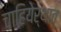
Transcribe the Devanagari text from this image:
चाहियेर्थात्